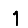
Digit: 1